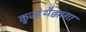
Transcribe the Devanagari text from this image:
कुज्हंथैक्कागा